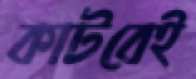
কাটবেই